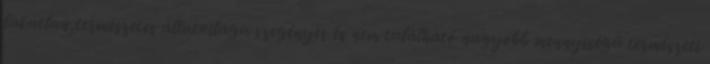
lakatlan,természetes állatvilága szegényes és nem található nagyobb mennyiségű természeti